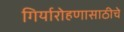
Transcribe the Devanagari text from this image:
गिर्यारोहणासाठीचे